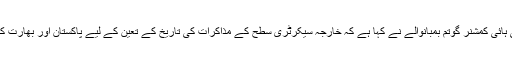
اسلام آباد — اسلام آباد میں تعینات بھارتی ہائی کمشنر گوتم بمبانوالے نے کہا ہے کہ خارجہ سیکرٹری سطح کے مذاکرات کی تاریخ کے تعین کے لیے پاکستان اور بھارت کے متعلقہ عہدیدار مسلسل رابطے میں ہیں۔